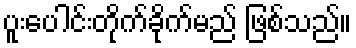
ပူးပေါင်းတိုက်ခိုက်မည် ဖြစ်သည်။